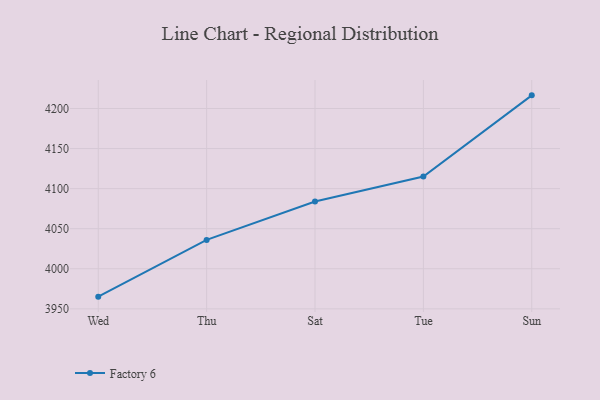
{"axis": {"x": "Day", "y": "Bounce Rate (%)"}, "legend": ["Factory 6"], "data": [{"x": "Wed", "y": 3965.2, "type": "Factory 6"}, {"x": "Thu", "y": 4036.0, "type": "Factory 6"}, {"x": "Sat", "y": 4084.0, "type": "Factory 6"}, {"x": "Tue", "y": 4115.2, "type": "Factory 6"}, {"x": "Sun", "y": 4216.4, "type": "Factory 6"}]}